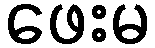
ဖေးမ